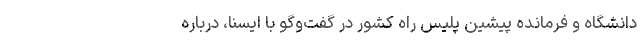
دانشگاه و فرمانده پیشین پلیس راه کشور در گفت‌وگو با ایسنا، درباره